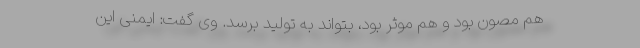
هم مصون بود و هم موثر بود، بتواند به تولید برسد. وی گفت: ایمنی این